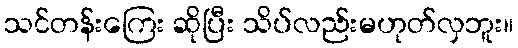
သင်တန်းကြေး ဆိုပြီး သိပ်လည်းမဟုတ်လှဘူး။